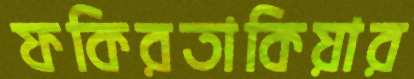
ফকিরতাকিয়ার